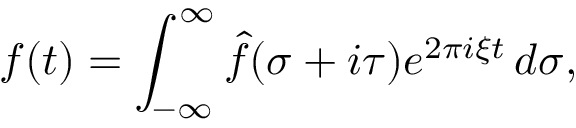
f ( t ) = \int _ { - \infty } ^ { \infty } { \hat { f } } ( \sigma + i \tau ) e ^ { 2 \pi i \xi t } \, d \sigma ,